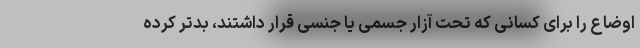
اوضاع را برای کسانی که تحت آزار جسمی یا جنسی قرار داشتند، بدتر کرده